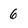
Character: 6